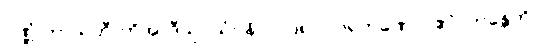
ဝဏ္ဏံ ဘာသတီ”တိအာဒီသု (သံ။ နိ။ ၁။၁၈၇) ဂရဟဏေ။ “ဧဝံ, ဘန္တေတိ